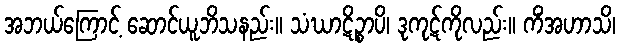
အဘယ်ကြောင့် ဆောင်ယူဘိသနည်း။ သံဃာဋိဉ္စာပိ၊ ဒုကုဋ်ကိုလည်း။ ကိံအဟာသိ၊